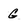
Character: g